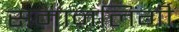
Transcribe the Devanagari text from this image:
समानलिंगी